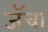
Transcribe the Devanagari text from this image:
जॅचा